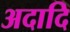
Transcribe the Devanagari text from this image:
अदादि